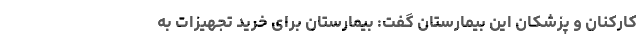
کارکنان و پزشکان این بیمارستان گفت: بیمارستان برای خرید تجهیزات به